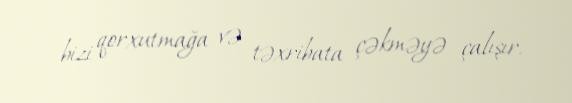
bizi qorxutmağa və təxribata çəkməyə çalışır.